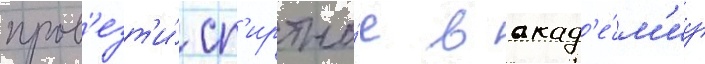
пров'езт'и́ сп'иртно́е в акад'е́м'иу